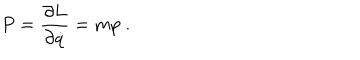
P = { \frac { \partial L } { \partial { \dot { q } } } } = m p \; .